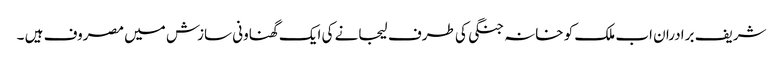
شریف برادران اب ملک کو خانہ جنگی کی طرف لیجانے کی ایک گھناونی سازش میں مصروف ہیں ۔